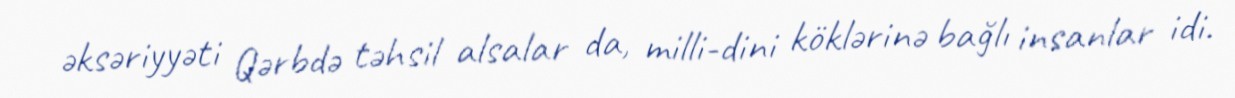
əksəriyyəti Qərbdə təhsil alsalar da, milli-dini köklərinə bağlı insanlar idi.